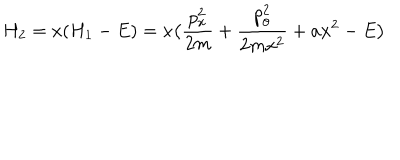
H _ { 2 } = x ( H _ { 1 } - E ) = x \bigl ( \frac { p _ { x } ^ { 2 } } { 2 m } + \frac { p _ { \theta } ^ { 2 } } { 2 m x ^ { 2 } } + a x ^ { 2 } - E \bigr )